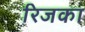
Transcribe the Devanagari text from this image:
रिजका